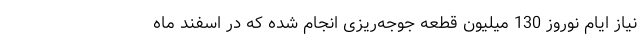
نیاز ایام نوروز 130 میلیون قطعه جوجه‌ریزی انجام شده که در اسفند ماه